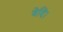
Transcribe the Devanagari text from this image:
वेदि।